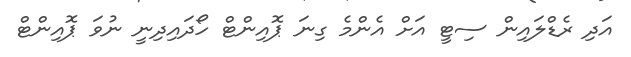
އަދި ރެޑްލައިން ސިޓީ އަށް އެންމެ ގިނަ ޕޮއިންޓް ހޯދައިދިނީ ނުވަ ޕޮއިންޓް